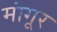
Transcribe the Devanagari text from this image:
मांगूर